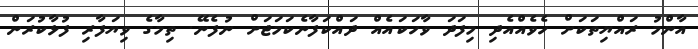
އާންމު ރައްޔިތަކަށް ހެވެއްއެދި މިފަދަ ވާހަކައެއް ދައްކަފާނެކަމަޖަށް ނުފެނޭ. ތިމާގެ ވިޔަފާރި ފުޅާކުރަން